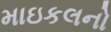
માઇકલનો